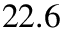
2 2 . 6